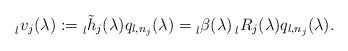
\begin{align*} \prescript{}{l}{v}_j(\lambda) := \prescript{}{l}{\tilde{h}}_j(\lambda) q_{l,n_j}(\lambda)=\prescript{}{l}{\beta}(\lambda) \prescript{}{l}{R}_j(\lambda)q_{l,n_j}(\lambda).\end{align*}